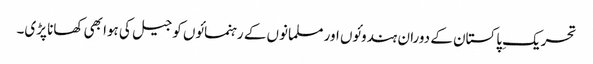
تحریکِ پاکستان کے دوران ہندوئوں اور مسلمانوں کے رہنمائوں کو جیل کی ہوا بھی کھانا پڑی۔